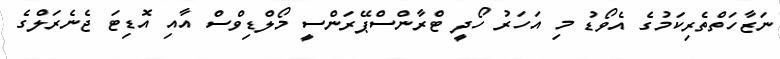
ނަޒާހަތްތެރިކަމުގެ އެވޯޑު މި އަހަރު ހޯދީ ޓްރާންސްޕޭރަންސީ މޯލްޑިވްސް އާއި އޮޑިޓަ ޖެނެރަލްގެ